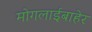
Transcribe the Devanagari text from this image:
मोगलाईबाहेर